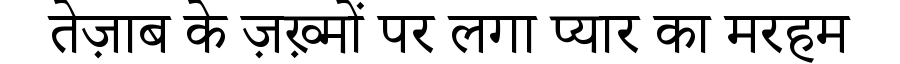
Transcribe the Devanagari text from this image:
तेज़ाब के ज़ख़्मों पर लगा प्यार का मरहम